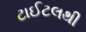
ટાઈટલથી